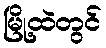
မြို့ထဲတွင်